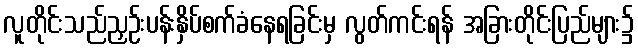
လူတိုင်းသည်ညှဉ်းပန်းနှိပ်စက်ခံနေရခြင်းမှ လွတ်ကင်းရန် အခြားတိုင်းပြည်များ၌